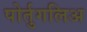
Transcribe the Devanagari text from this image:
पोर्तुगलिअ